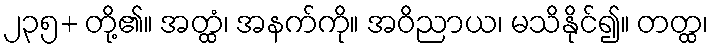
၂၃၅+ တို့၏။ အတ္ထံ၊ အနက်ကို။ အဝိညာယ၊ မသိနိုင်၍။ တတ္ထ၊